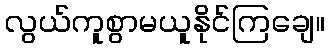
လွယ်ကူစွာမယူနိုင်ကြချေ။